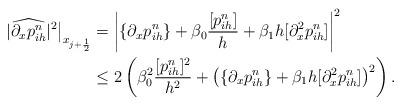
LaTeX: \begin{align*} |\widehat{\partial_xp^n_{ih}}|^2\big|_{x_{j+\frac12}} & = \left|\{\partial_xp_{ih}^n\}+\beta_0\frac{[p^n_{ih}]}{h}+\beta_1h[\partial_x^2p^n_{ih}]\right|^2\\&\leq 2 \left(\beta_0^2\frac{[p^n_{ih}]^2}{h^2}+\left(\{\partial_xp^n_{ih}\}+\beta_1h[\partial_x^2p^n_{ih}] \right)^2 \right).\end{align*}